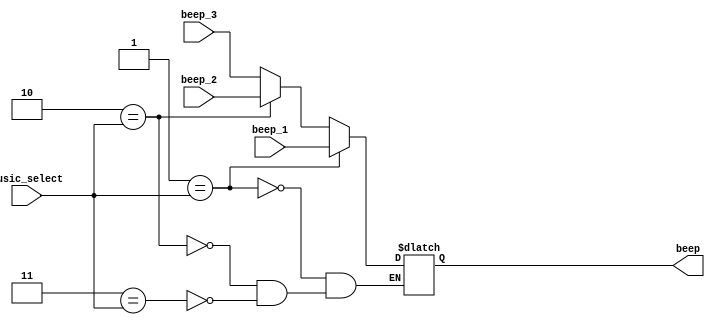
`timescale 1ns / 1ps
//////////////////////////////////////////////////////////////////////////////////
// Company: 
// Engineer: 
// 
// Design Name: 
// Module Name: beep_ctrl
// Project Name: 
// Target Devices: 
// Tool Versions: 
// Description: 
// 
// Dependencies: 
// 
// Revision:
// Revision 0.01 - File Created
// Additional Comments:
// 
//////////////////////////////////////////////////////////////////////////////////


module beep_ctrl(
    input beep_1,
    input beep_2,
    input beep_3,
    input wire [1:0]music_select,
    output reg beep
    );
    always@(*)begin
        if(2'b01 == music_select)begin
            beep <= beep_1;
        end else if (2'b10 == music_select)begin
            beep <= beep_2;
        end else if (2'b11 == music_select)begin
            beep <= beep_3;
        end
    end
endmodule